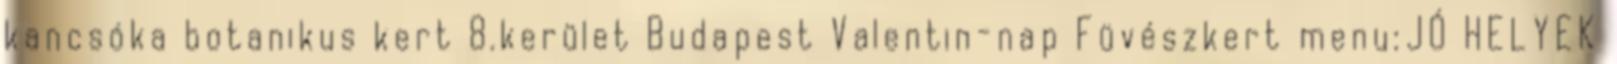
kancsóka botanikus kert 8.kerület Budapest Valentin-nap Füvészkert menu:JÓ HELYEK